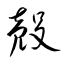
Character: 殼